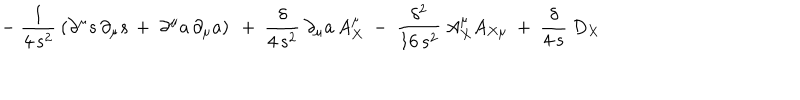
- \ \frac { 1 } { 4 \, s ^ { 2 } } \: \left( \partial ^ { \mu } s \, \partial _ { \mu } s \, + \ \partial ^ { \mu } a \, \partial _ { \mu } a \right) \ + \ \frac { \delta } { 4 \, s ^ { 2 } } \: \partial _ { \mu } a \, A _ { X } ^ { \mu } \ - \ \frac { \delta ^ { 2 } } { 1 6 \, s ^ { 2 } } \: A _ { X } ^ { \mu } A _ { X \mu } \ + \ \frac { \delta } { 4 \, s } \: D _ { X }